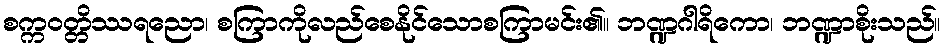
စက္ကဝတ္တိဿရညော၊ စကြာကိုလည်စေနိုင်သောစကြာမင်း၏။ ဘဏ္ဍဂါရိကော၊ ဘဏ္ဍာစိုးသည်။